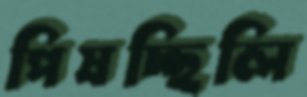
পিষচ্ছিলি